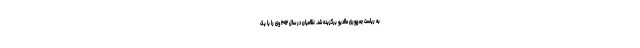
به ریاست جمهوری مالدیو برگزیده شد. نظامیان در سال ۲۰۱۲ وی را با یک